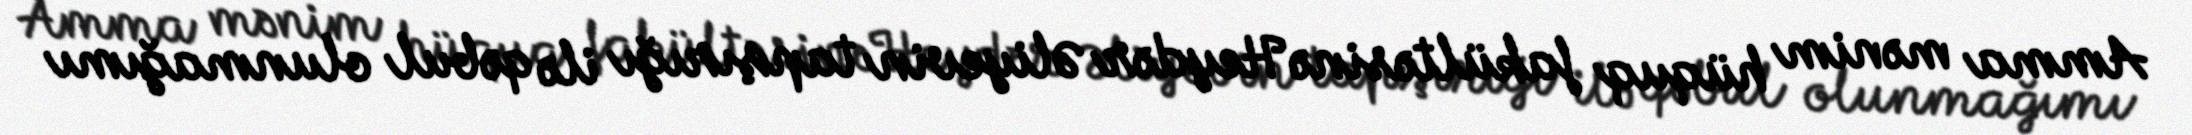
Amma mənim hüquq fakültəsinə Heydər Əliyevin tapşırığı ilə qəbul olunmağımı